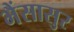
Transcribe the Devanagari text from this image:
भैंसासुर